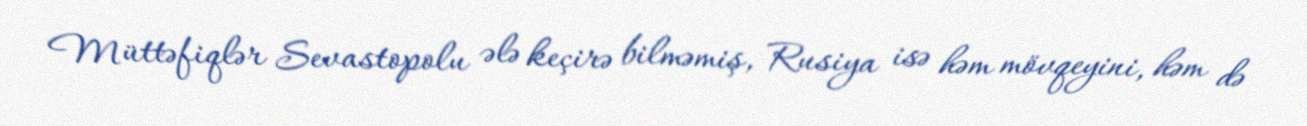
Müttəfiqlər Sevastopolu ələ keçirə bilməmiş, Rusiya isə həm mövqeyini, həm də